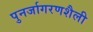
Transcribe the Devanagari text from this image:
पुनर्जागरणशैली